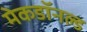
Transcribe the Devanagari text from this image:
मेकडॉनल्ड